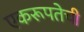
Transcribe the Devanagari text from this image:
एकरूपतेची